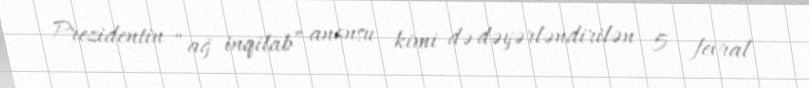
Prezidentin “ağ inqilab” anonsu kimi də dəyərləndirilən 5 fevral